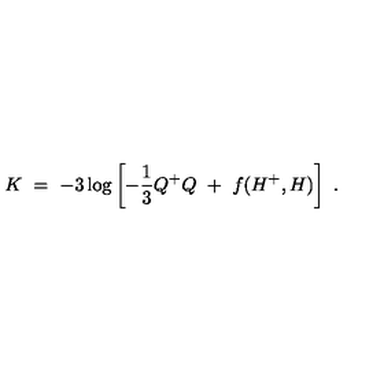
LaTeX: K \ = \ - 3 \log \left[ - \frac { 1 } { 3 } Q ^ { + } Q \ + \ f ( H ^ { + } , H ) \right] \ .